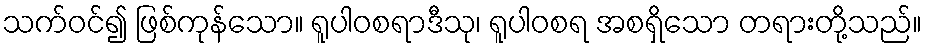
သက်ဝင်၍ ဖြစ်ကုန်သော။ ရူပါဝစရာဒီသု၊ ရူပါဝစရ အစရှိသော တရားတို့သည်။